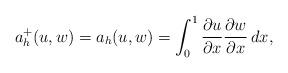
LaTeX: \begin{align*}a_h^+(u,w)=a_h(u,w) = \int_0^1 \frac{\partial u}{\partial x} \frac{\partial w}{\partial x} \, dx,\end{align*}